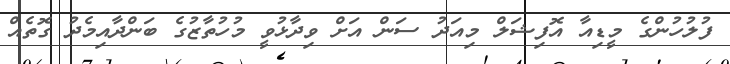
ފުލުހުންގެ މީޑިއާ އޮފިޝަލް މިއަދު ސަން އަށް ވިދާޅުވީ މުހުތާޒުގެ ބަންދާއިމެދު ގޮތެއް